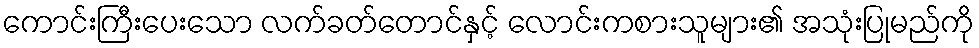
ကောင်းကြီးပေးသော လက်ခတ်တောင်နှင့် လောင်းကစားသူများ၏ အသုံးပြုမည်ကို